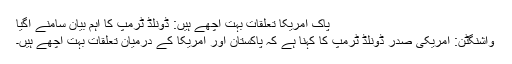
پاک امریکا تعلقات بہت اچھے ہیں: ڈونلڈ ٹرمپ کا اہم بیان سامنے آگیا
واشنگٹن: امریکی صدر ڈونلڈ ٹرمپ کا کہنا ہے کہ پاکستان اور امریکا کے درمیان تعلقات بہت اچھے ہیں۔